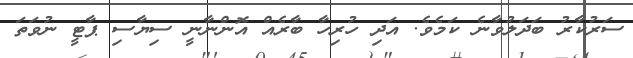
ސަރުކާރު ބަދަލުވާނެ ކަމެވެ. އަދި ހުރިހާ ބާރެއް އޮންނާނީ ސިޔާސި ޕާޓީ ނުވަތަ